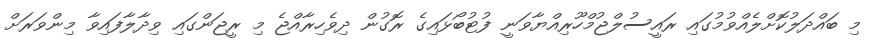
މި ބައްދަލުކޮށްލެއްވުމުގައި ރައީސުލްޖުމްހޫރިއްޔާވަނީ ފުޓުބޯޅައިގެ ރޮގުން ދިވެހިރާއްޖެ މި ރީޖަންގައި ވިދާލާފައިވާ މިންވަރަށް